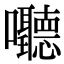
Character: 𪢧